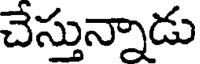
చేస్తున్నాడు